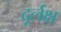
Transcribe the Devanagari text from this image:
दूर्लक्ष